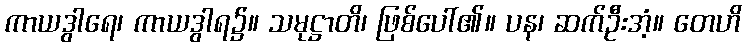
ကာယဒွါရေ၊ ကာယဒွါရ၌။ သမုဋ္ဌာတိ၊ ဖြစ်ပေါ်၏။ ပန၊ ဆက်ဦးအံ့။ တေဟိ